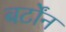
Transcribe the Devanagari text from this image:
बर्टोंन